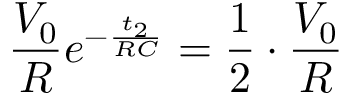
\frac { V _ { 0 } } { R } e ^ { - \frac { t _ { 2 } } { R C } } = \frac { 1 } { 2 } \cdot \frac { V _ { 0 } } { R }